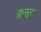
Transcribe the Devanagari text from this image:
क़ूसूर